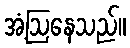
အံ့ဩနေသည်။